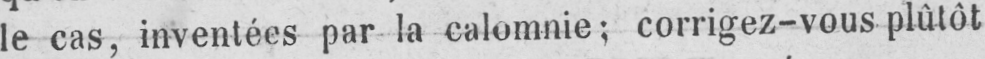
le cas, inventées par la calomnie; corrigez-vous plûtôt